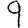
Digit: 9